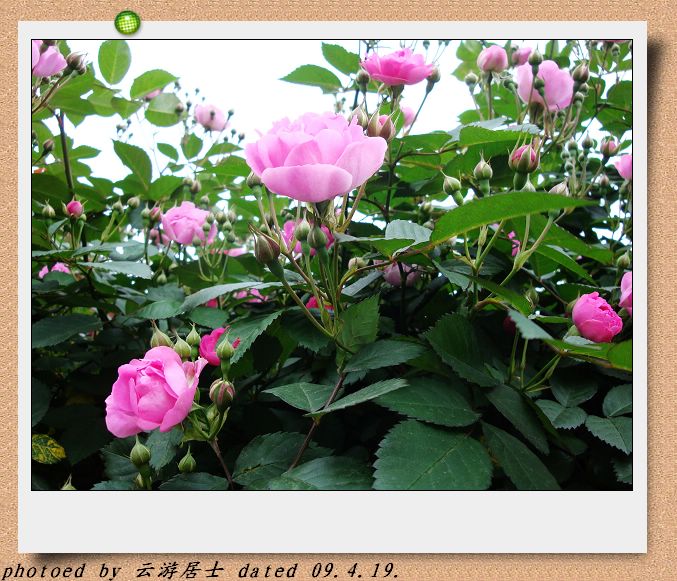
回廊四合掩寂寞，碧鹦鹉对红蔷薇。